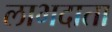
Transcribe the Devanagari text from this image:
लाभदाता